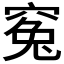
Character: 𥦱